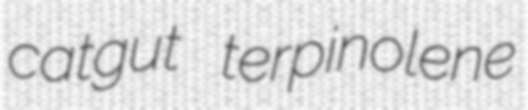
catgut terpinolene